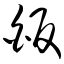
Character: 皈